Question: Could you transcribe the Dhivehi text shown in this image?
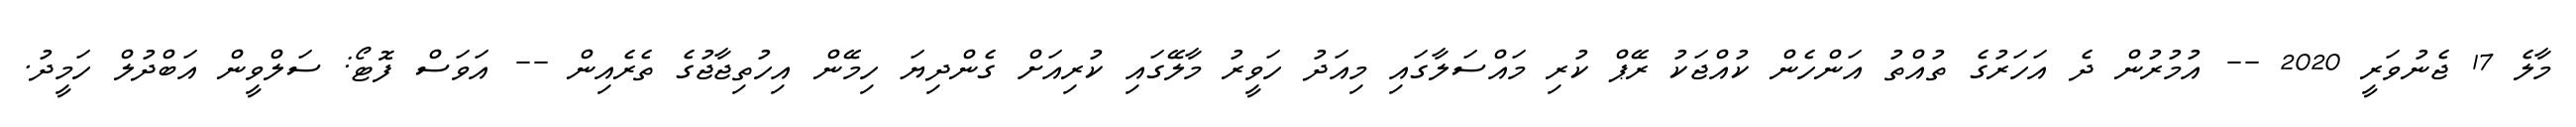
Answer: މާލެ 17 ޖެނުވަރީ 2020 -- އުމުރުން ދެ އަހަރުގެ ތުއްތު އަންހެން ކުއްޖަކު ރޭޕް ކުރި މައްސަލާގައި މިއަދު ހަވީރު މާލޭގައި ކުރިއަށް ގެންދިޔަ ހިމޭން އިހުތިޖާޖުގެ ތެރެއިން -- އަވަސް ފޮޓޯ: ސަލްވީން އަބްދުލް ހަމީދު.